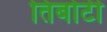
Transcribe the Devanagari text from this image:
तिबोटी